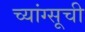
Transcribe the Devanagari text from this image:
च्यांग्सूची